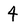
Character: 4